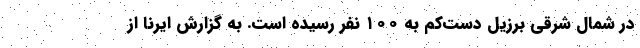
در شمال شرقی برزیل دست‌کم به ۱۰۰ نفر رسیده است. به گزارش ایرنا از